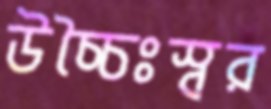
উচ্চৈঃস্বর